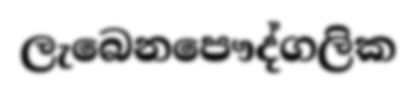
ලැබෙනපෞද්ගලික